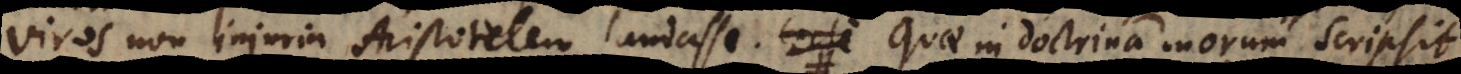
viros non injuria Aristotelem laudasse. Quae in doctrina morum scripsit